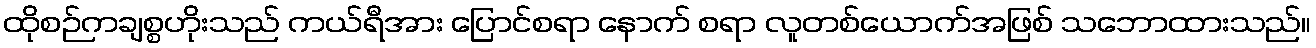
ထိုစဉ်ကချစ္စဟိုးသည် ကယ်ရီအား ပြောင်စရာ နောက် စရာ လူတစ်ယောက်အဖြစ် သဘောထားသည်။